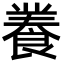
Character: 𮨽